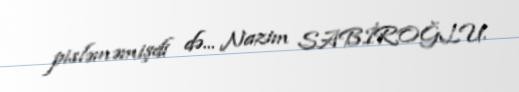
pisləməmişdi də... Nazim SABİROĞLU.